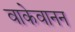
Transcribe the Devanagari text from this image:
वाकेवानन